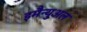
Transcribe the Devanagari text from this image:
इमैन्युअल